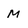
Character: M